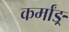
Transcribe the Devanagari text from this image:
कर्मांङ्र